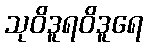
သုဝိဒူရဝိဒူရေ